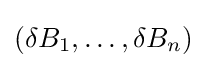
(\delta B_{1},\ldots ,\delta B_{n})